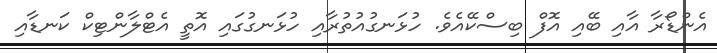
އެންޑޯރާ އާއި ބޭއި އޮފް ބިސްކޭއެވެ. ހުޅަނގުއުތުރާއި ހުޅަނގުގައި އޮތީ އެޓްލާންޓިކް ކަނޑާއި